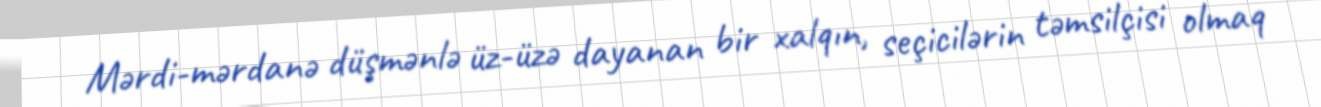
Mərdi-mərdanə düşmənlə üz-üzə dayanan bir xalqın, seçicilərin təmsilçisi olmaq